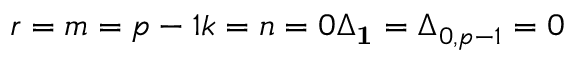
r = m = p - 1 k = n = 0 \Delta _ { \bf 1 } = \Delta _ { 0 , p - 1 } = 0